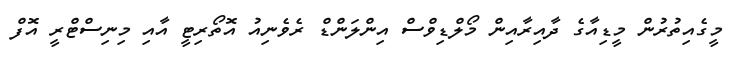
މީގެއިތުރުން މީޑިއާގެ ދާއިރާއިން މޯލްޑިވްސް އިންލަންޑް ރެވެނިއު އޮތޯރިޓީ އާއި މިނިސްޓްރީ އޮފް